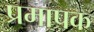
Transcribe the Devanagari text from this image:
प्रमापक